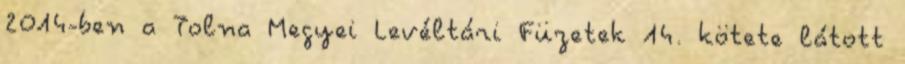
2014-ben a Tolna Megyei Levéltári Füzetek 14. kötete látott